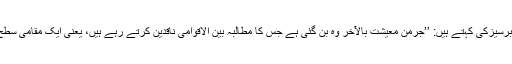
معیشت دان کارسٹین برسیزکی کہتے ہیں: ’’جرمن معیشت بالآخر وہ بن گئی ہے جس کا مطالبہ بین الاقوامی ناقدین کرتے رہے ہیں، یعنی ایک مقامی سطح پر متحرک معیشت۔